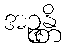
အဉ္ဇန္တိ